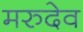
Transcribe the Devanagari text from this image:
मरुदेव